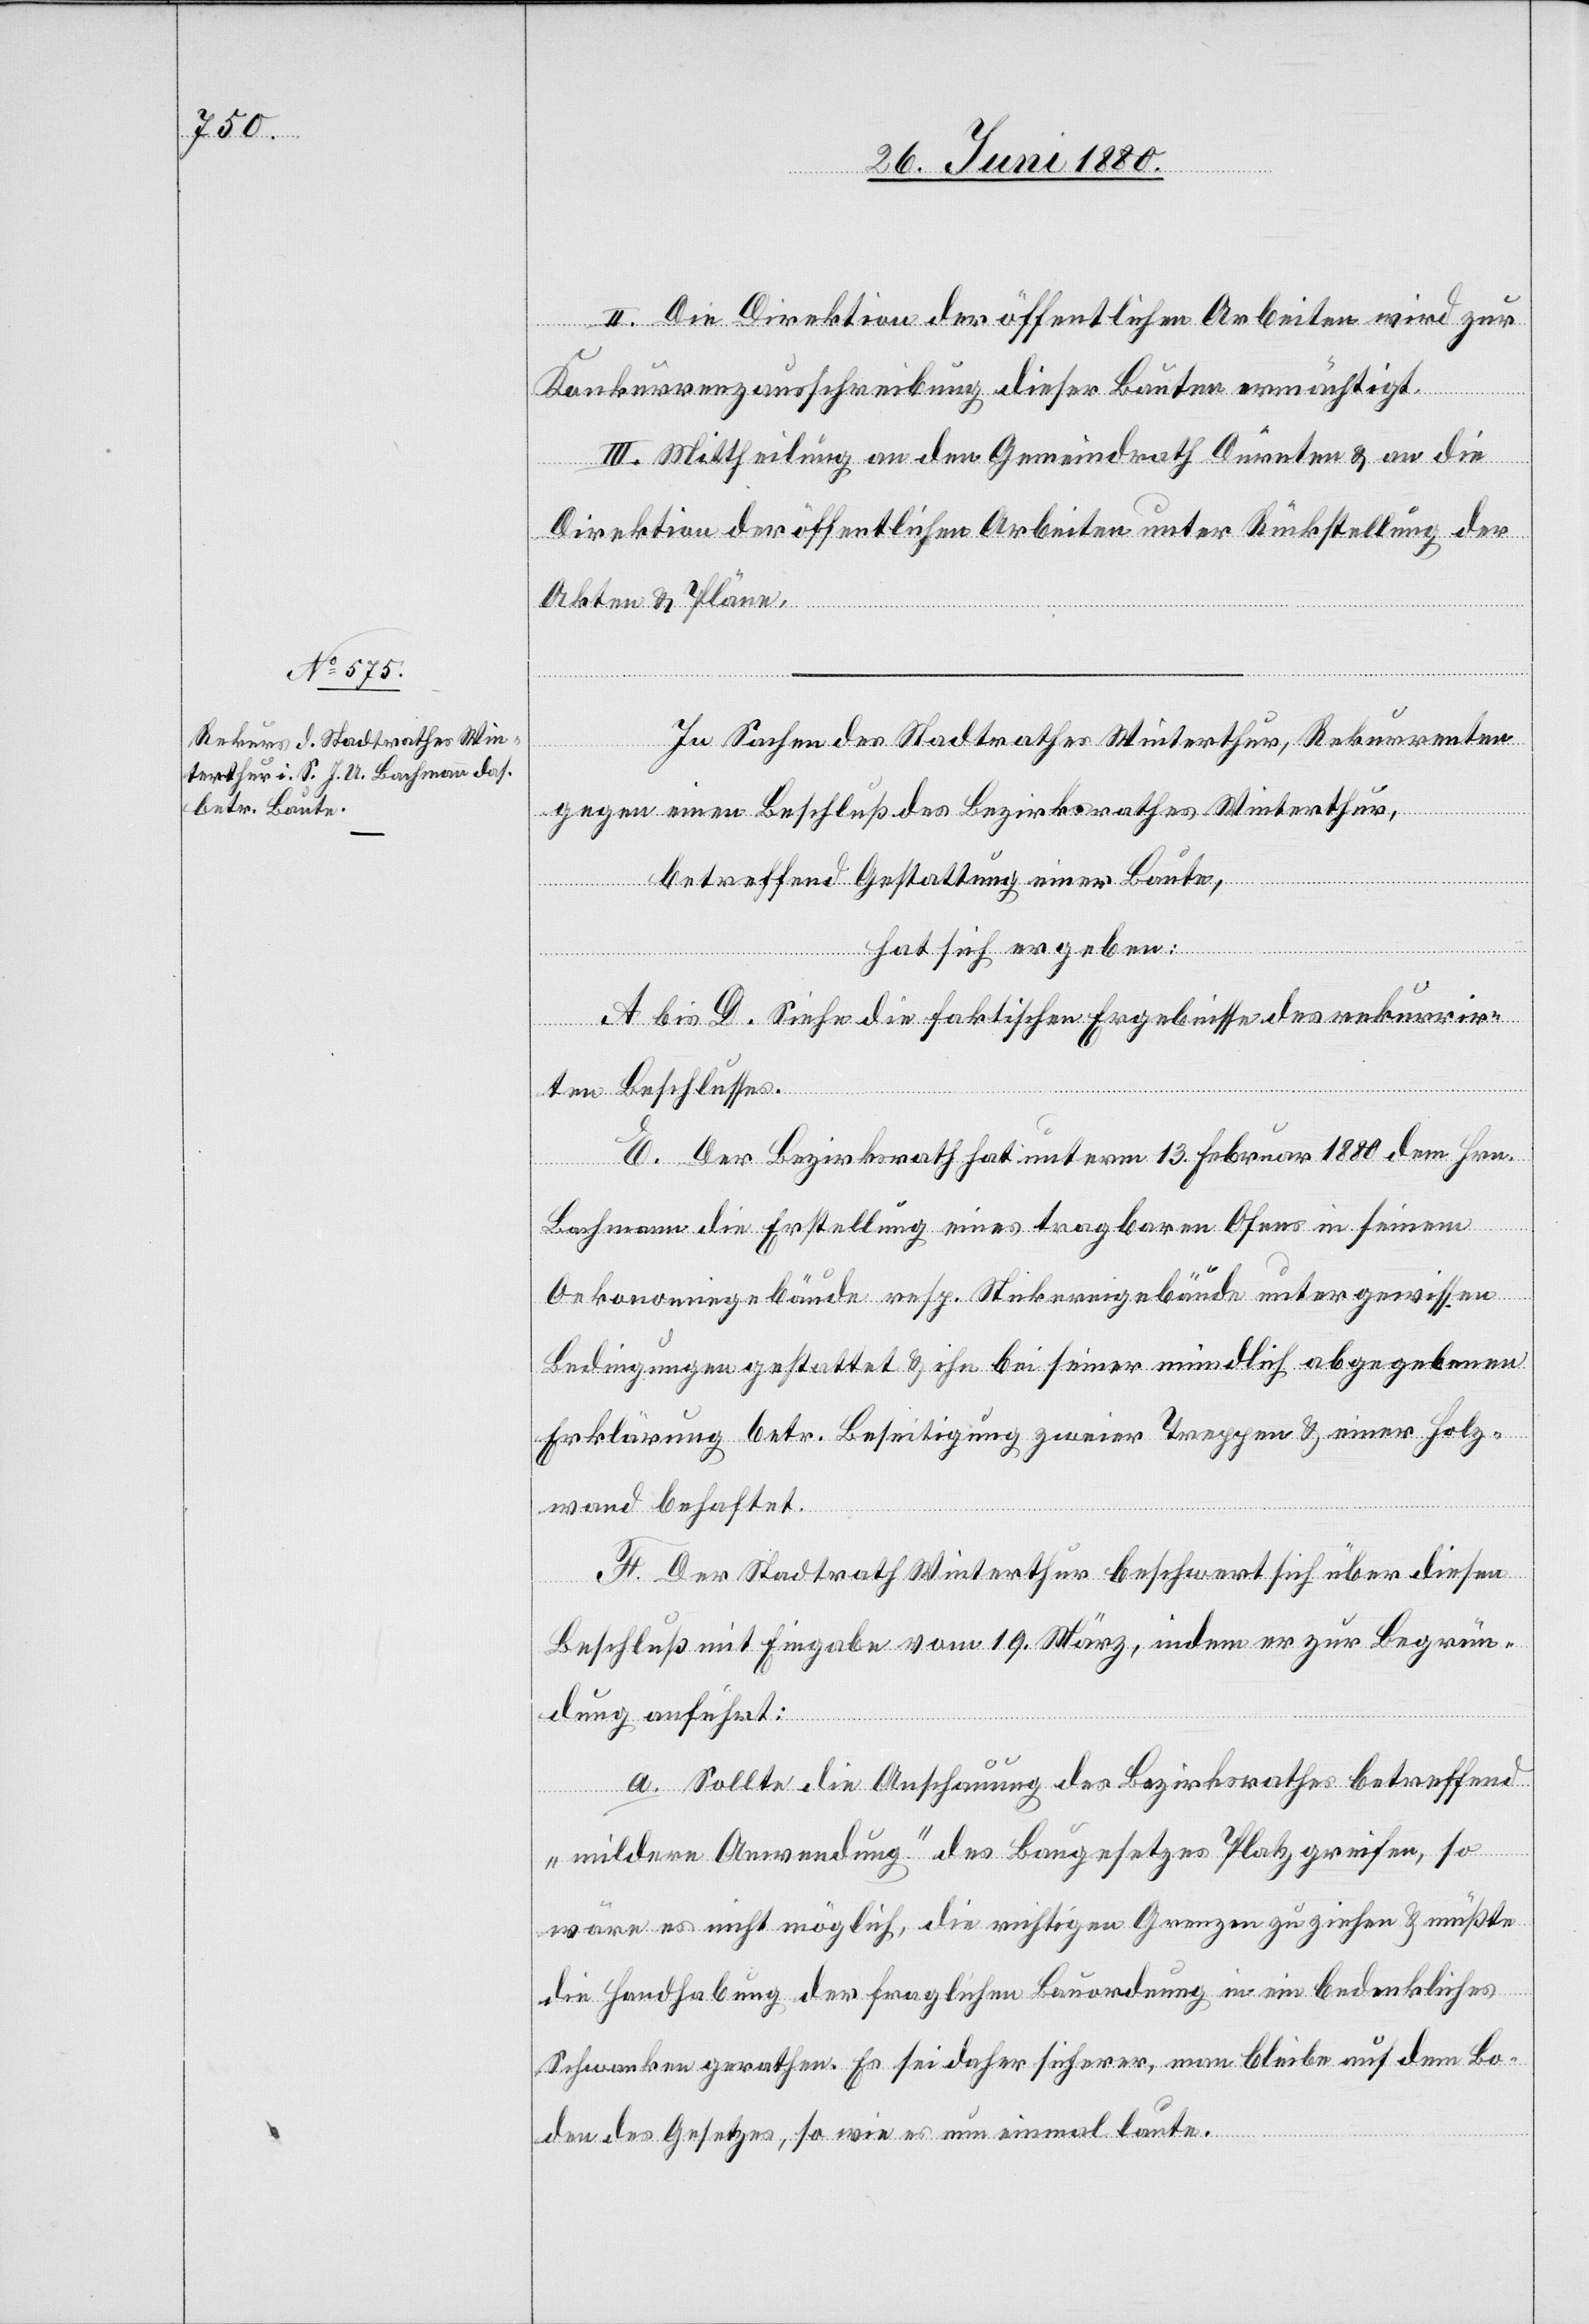
In Sachen des Stadtrathes Winterthur, Rekurrenten
gegen einen Beschluß des Bezirksrathes Winterthur,
betreffend Gestattung einer Baute,
hat sich ergeben:
A bis D. Siehe die faktischen Ergebnisse des rekurrir¬
ten Beschlusses.
E. Der Bezirksrath hat unterm 13. Februar 1880 dem Hrn.
Bachmann die Erstellung eines tragbaren Ofens in seinem
Oekonomiegebäude resp. Stickereigebäude unter gewissen
Bedingungen gestattet & ihn bei seiner mündlich abgegebenen
Erklärung betr. Beseitigung zweier Treppen & einer Holz¬
wand behaftet.
F. Der Stadtrath Winterthur beschwert sich über diesen
Beschluß mit Eingabe vom 19. März, indem er zur Begrün¬
dung anführt:
a. Sollte die Anschauung des Bezirksrathes betreffend
„mildere Anwendung“ des Baugesetzes Platz greifen, so
wäre es nicht möglich, die richtigen Grenzen zu ziehen & müßte
die Handhabung der fraglichen Bauordnung in ein bedenkliches
Schwanken gerathen. Es sei daher sicherer, man bleibe auf dem Bo¬
den des Gesetzes, so wie es nun einmal laute.